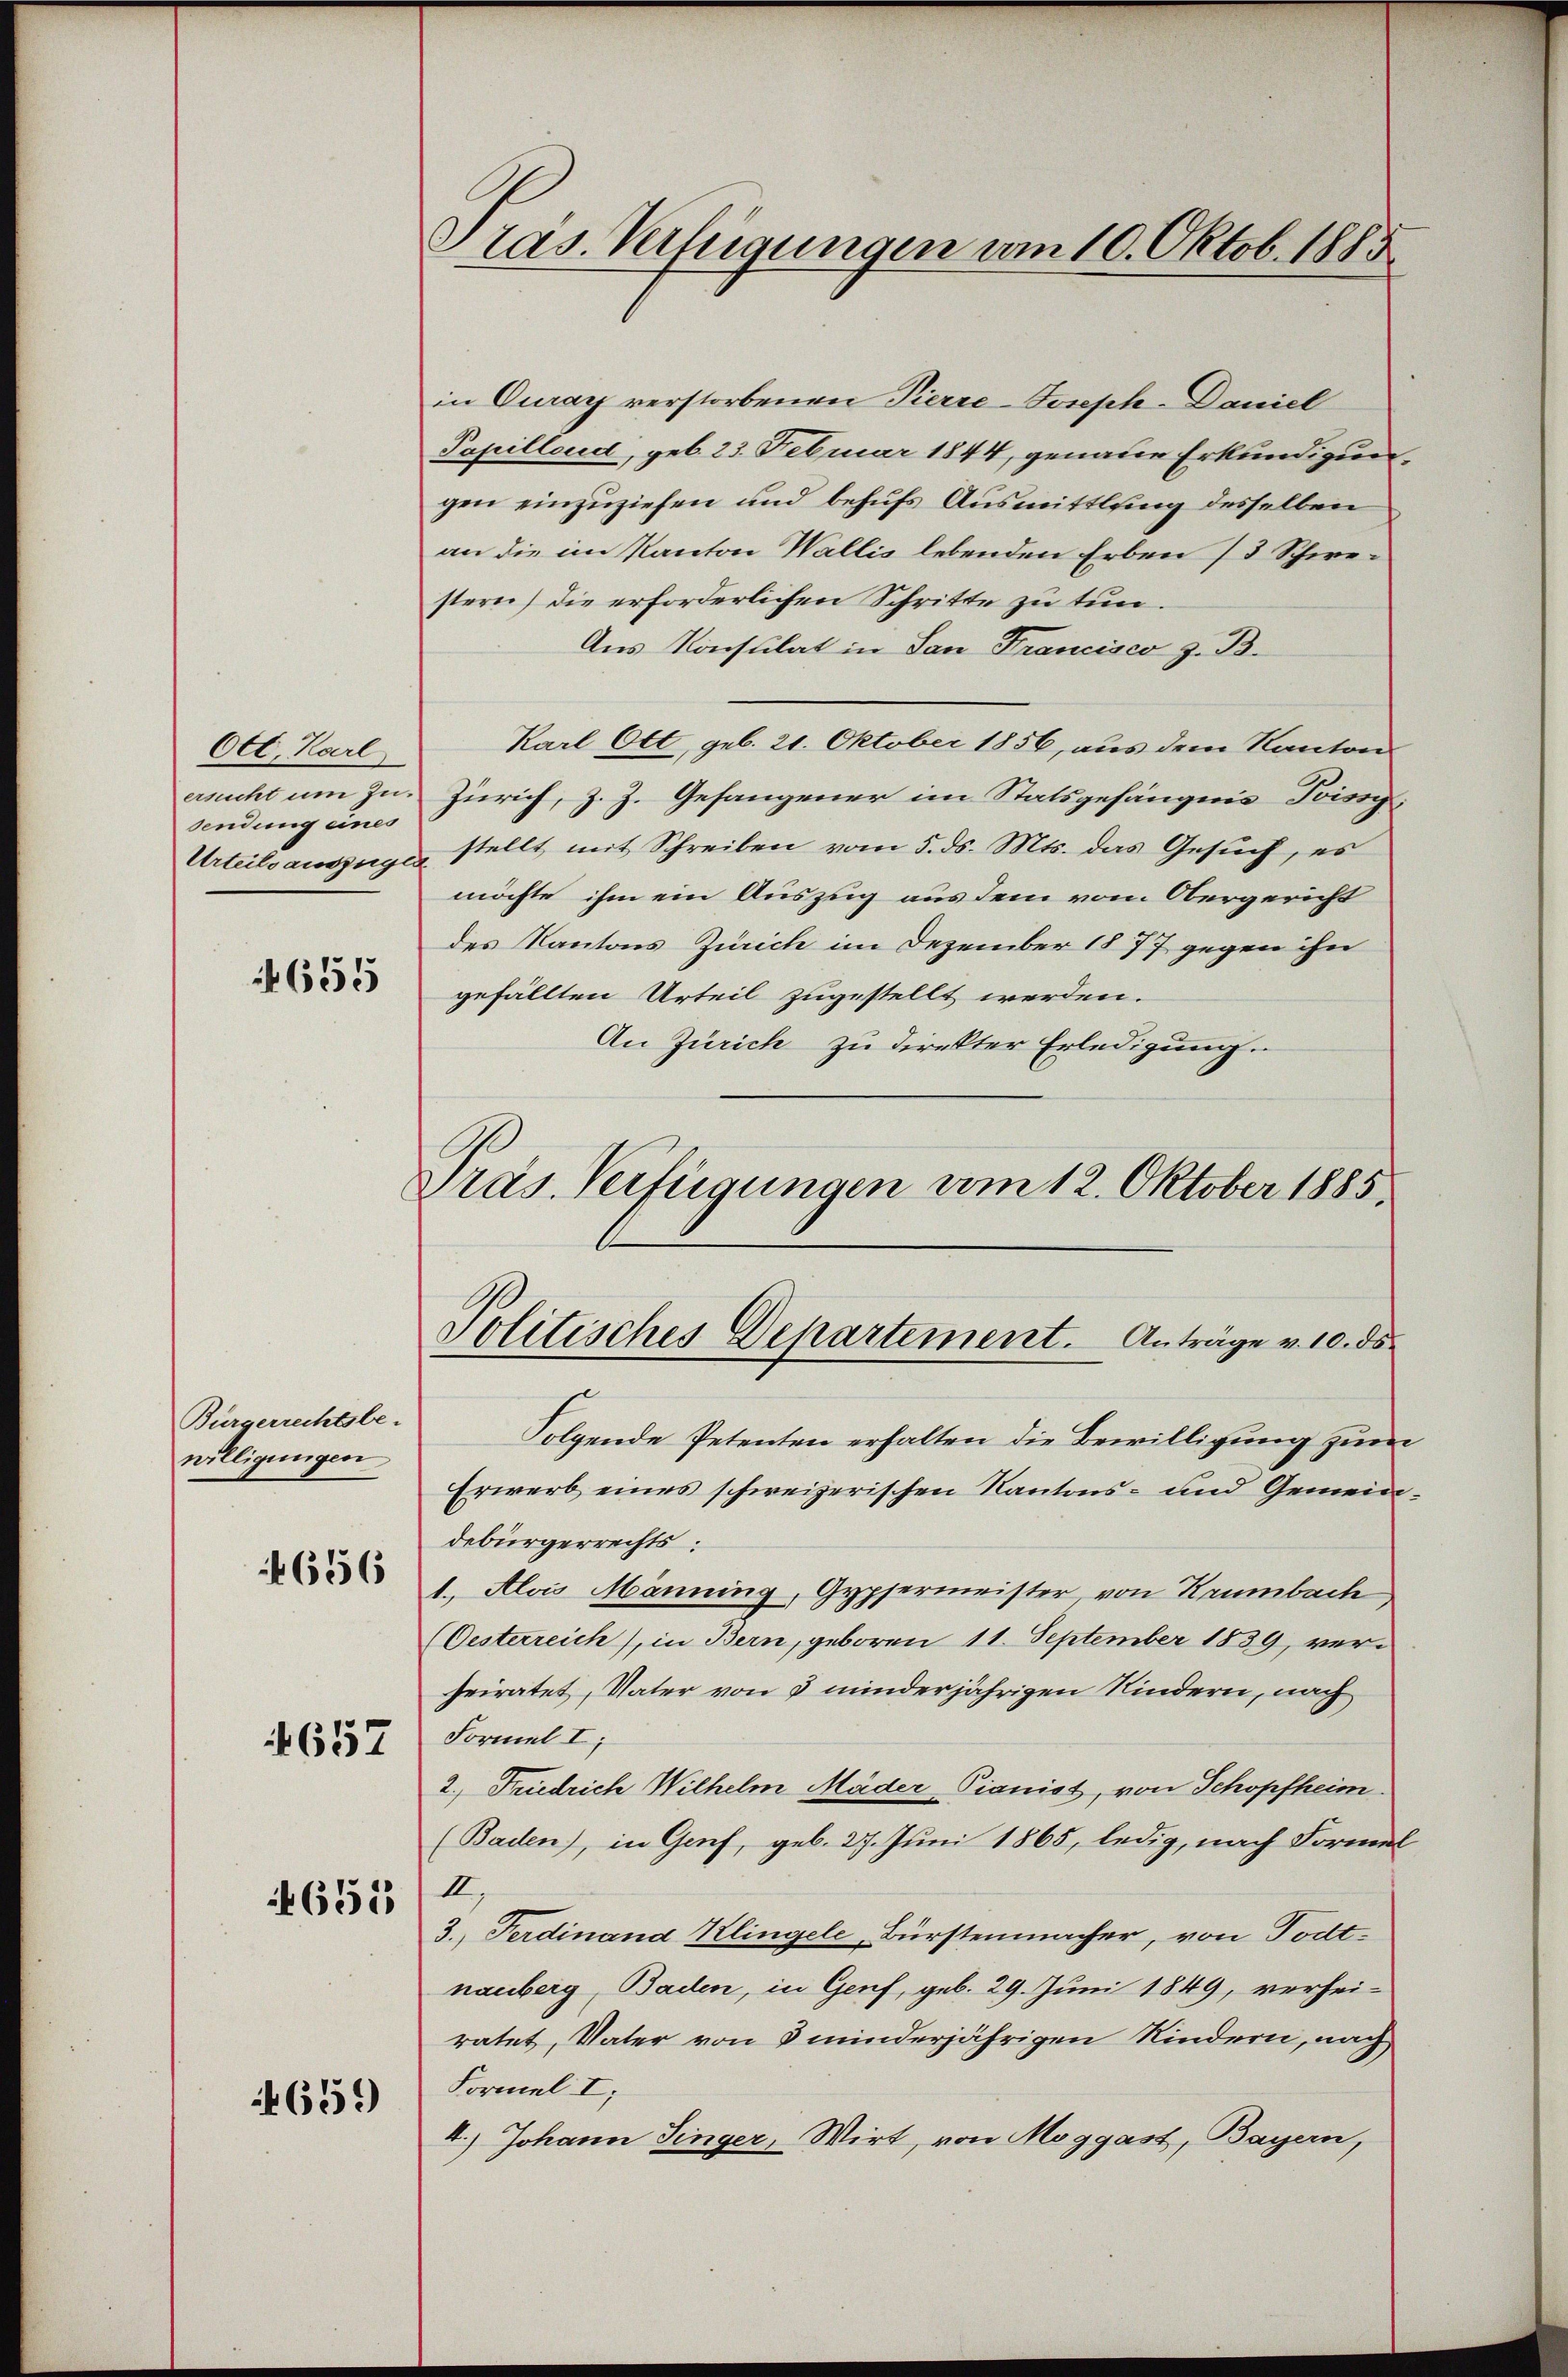
Oct. Karl,
sendung eines

655

Bürgerrechtsbe-
willigungen

4656

4657

651

659

Stas. Verfügungen vom 10. Oktob. 1885

in Curay verstorbenen Pierre-Joseph-Daniel
Popillend, geb. 25. Februar 1844, genaue Erkundigungen einzuziehen und behufs Ausmittlung desselben
an die im Kanton Wallis lebenden Erben (3 Schwestern) die erforderlichen Schritte zu tun.
Aus Konsulat in San Francisco z. B.
Karl Ott, geb. 21. Oktober 1856, aus dem Kanton
ersucht um zu. Zürich, Z. Z. Gefangener im Statsgefängnis Poissy¬
Urteilsauszuge stellt mit Schreiben vom 5. ds. Mts. das Gesuch, es
möchte ihm ein Auszug aus dem vom Obergericht
des Kantons Zürich im Dezember 1877 gegen ihn
gefällten Urteil zugestellt werden.
An Zürich zu direkter Erledigung.
Präs. Verfügungen vom 12. Oktober 1885

Politisches Departement. Anträge v. 10. ds.

Folgende Petenten erhalten die Bewilligung zum
Erwerb eines schweizerischen Kantons- und Gemeindebürgerrechts:
1. Alois Männing, Gypfermeister, von Krumbach,
(Oesterreich), in Bern, geboren 11. September 1839, verheiratet, Vater von 3 minderjährigen Kindern, nach
Formel I
2. Friedrich Wilhelm Mäder Pianist, von Schopfheim.
(Baden), in Genf, geb. 27. Juni 1865, ledig, nach Formel
III.
3. Ferdinand Klingele Bürstenmacher, von Todtnauberg, Baden, in Genf, geb. 29. Juni 1849, verheiratet, Vater von 3 minderjährigen Kindern, nach
Formel I
4.) Johann Finger, Wirt, von Moggast, Bayern,